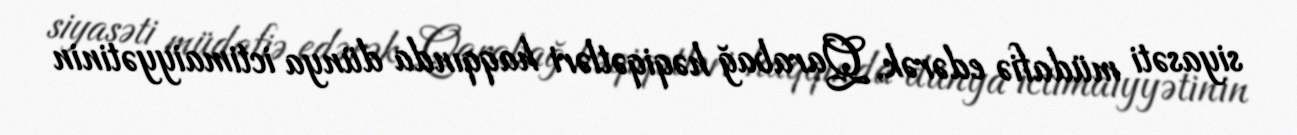
siyasəti müdafiə edərək, Qarabağ həqiqətləri haqqında dünya ictimaiyyətinin